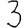
Digit: 3